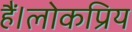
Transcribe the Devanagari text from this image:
हैं।लोकप्रिय